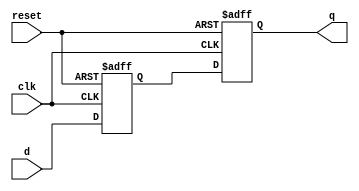
module MasterSlaveFlipFlop(
    input wire clk,
    input wire reset,
    input wire d,
    output reg q
);

reg master_q;
reg slave_q;

always @(posedge clk or posedge reset) begin
    if (reset) begin
        master_q <= 1'b0;
        slave_q <= 1'b0;
    end else begin
        master_q <= d;
        slave_q <= master_q;
    end
end

assign q = slave_q;

endmodule